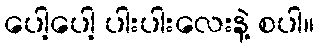
ပေါ့ပေါ့ ပါးပါးလေးနဲ့ စပါ။